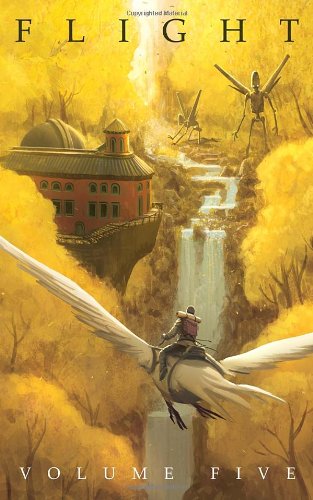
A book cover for Flight Volume Five (Flight Graphic Novels); Comics & Graphic Novels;